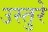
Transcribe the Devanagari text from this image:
उस्तुरे